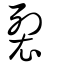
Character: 裂